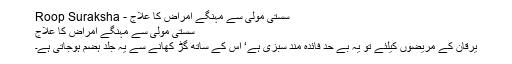
سستی مولی سے مہنگے امراض کا علاج - Roop Suraksha
سستی مولی سے مہنگے امراض کا علاج
یرقان کے مریضوں کیلئے تو یہ بے حد فائدہ مند سبزی ہے‘ اس کے ساتھ گُڑ کھانے سے یہ جلد ہضم ہوجاتی ہے۔